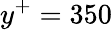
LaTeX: y^{+}=350